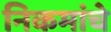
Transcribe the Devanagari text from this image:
निकमांचे